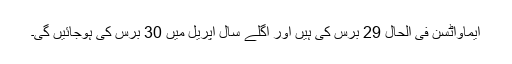
ایماواٹسن فی الحال 29 برس کی ہیں اور اگلے سال اپریل میں 30 برس کی ہوجائیں گی۔